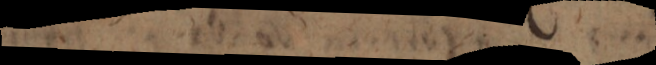
t u r